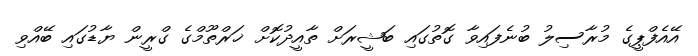
އޭއެފްޕީގެ މުރާސިލު ބުނެފައިވާ ގޮތުގައި ބަޝީރަށް ތާއީދުކޮށް ޚަރްތޫމްގެ ގްރީން ޔާޑުގައި ބޭއްވި